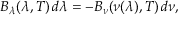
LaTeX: B _ { \lambda } ( \lambda , T ) \, d \lambda = - B _ { \nu } ( \nu ( \lambda ) , T ) \, d \nu ,